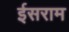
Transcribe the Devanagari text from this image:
ईसराम